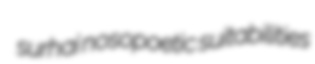
surhai nosopoetic suitabilities